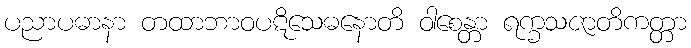
ပညာပဓာနာ တထာဘာဝပဋိသေဓနောတိ ဝါစေန္တာ ရက္ခသဇာတိကတ္တာ